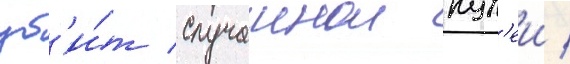
уб'и́т случаинои пул'еи /